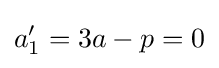
a'_{1}=3a-p=0